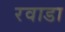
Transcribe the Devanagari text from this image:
रवाडा